Indian journal of veterinary science and animal husbandry - Volume 3,
Year: 1933
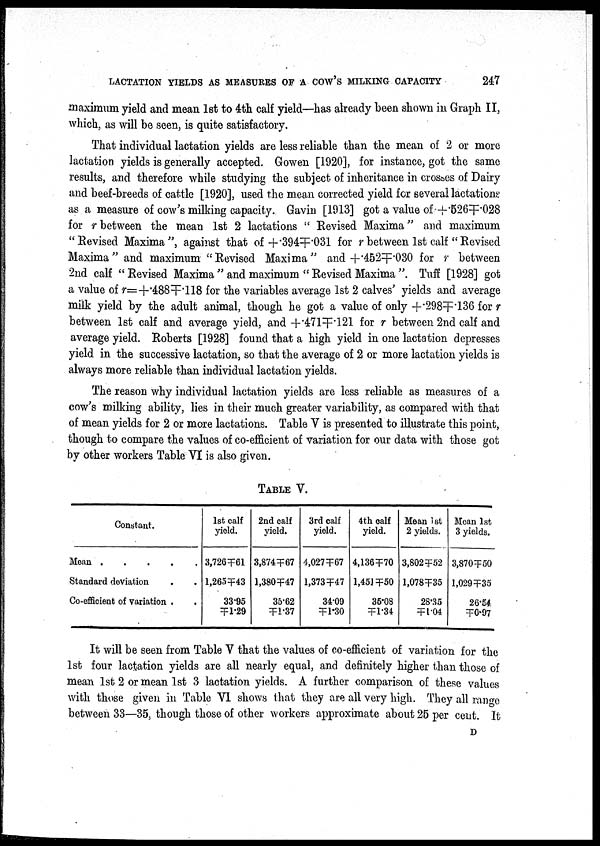
LACTATION YIELDS AS MEASURES OF A COW'S MILKING CAPACITY
247
maximum yield and mean 1st to 4th calf yield—has already been shown in Graph II,
which, as will be seen, is quite satisfactory.
That individual lactation yields are less reliable than the mean of 2 or more
lactation yields is generally accepted. Gowen [1920], for instance, got the same
results, and therefore while studying the subject of inheritance in crosses of Dairy
and beef-breeds of cattle [1920], used the mean corrected yield for several lactations
as a measure of cow's milking capacity. Gavin [1913] got a value of +.526╤.028
for r between the mean 1st 2 lactations " Revised Maxima" and maximum
"Revised Maxima", against that of +.394╤.031 for r between 1st calf "Revised
Maxima" and maximum "Revised Maxima" and +.452╤.030 for r between
2nd calf " Revised Maxima " and maximum " Revised Maxima ". Tuff [1928] got
a value of r=+.488╤.118 for the variables average 1st 2 calves' yields and average
milk yield by the adult animal, though he got a value of only +.298╤.136 for r
between 1st calf and average yield, and +.471╤.121 for r between 2nd calf and
average yield. Roberts [1928] found that a high yield in one lactation depresses
yield in the successive lactation, so that the average of 2 or more lactation yields is
always more reliable than individual lactation yields.
The reason why individual lactation yields are less reliable as measures of a
cow's milking ability, lies in their much greater variability, as compared with that
of mean yields for 2 or more lactations. Table V is presented to illustrate this point,
though to compare the values of co-efficient of variation for our data with those got
by other workers Table VI is also given.
TABLE V.
Constant.
Mean
Standard deviation . .
Co-efficient of variation . .
1st calf
yield.
3,726╤ 61
1,265╤43
33.95
╤1.29
2nd calf
yield.
3,874╤67
1,380╤47
35.62
╤ 1.37
3rd calf
yield.
4.027╤67
1,373 ╤ 47
34.09
╤1.30
4th calf
yield.
4.136╤70
1,451 ╤ 50
35.08
╤1.34
Mean 1st
2 yields.
3,802╤52
1.078╤35
28.35
╤1.04
Mean 1st
3 yields.
3,870╤50
1,029╤35
26.54
╤0.97
It will be seen from Table V that the values of co-efficient of variation for the
1st four lactation yields are all nearly equal, and definitely higher than those of
mean 1st 2 or mean 1st 3 lactation yields. A further comparison of these values
with those given in Table VI shows that they are all very high. They all range
between 33—35, though those of other workers approximate about 25 per cent. It
D